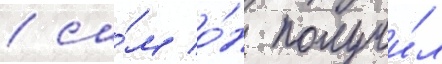
/ са́м о́н получи́л